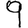
Digit: 9